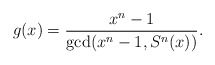
\begin{align*}g(x)=\frac{x^n-1}{\mathrm{gcd}(x^n-1,S^n(x))}.\end{align*}